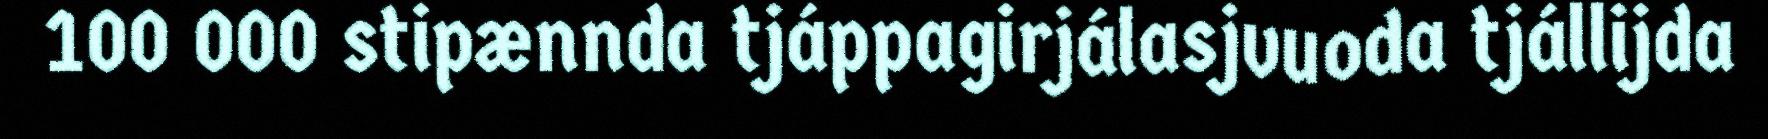
100 000 stipænnda tjáppagirjálasjvuoda tjállijda